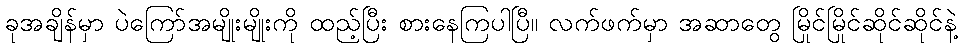
ခုအချိန်မှာ ပဲကြော်အမျိုးမျိုးကို ထည့်ပြီး စားနေကြပါပြီ။ လက်ဖက်မှာ အဆာတွေ မြိုင်မြိုင်ဆိုင်ဆိုင်နဲ့